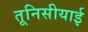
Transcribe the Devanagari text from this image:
तूनिसीयाई